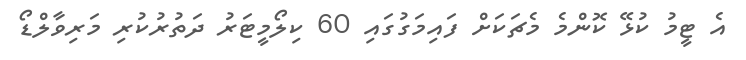
އެ ޓީމު ކުޅޭ ކޮންމެ މެޗަކަށް ފައިމަގުގައި 60 ކިލޯމީޓަރު ދަތުރުކުރި މަރިވާލްޑޯ